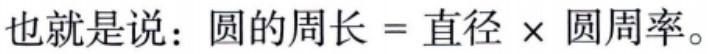
也就是说：圆的周长 = 直径 $\times$ 圆周率。